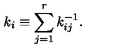
k _ { i } \equiv \sum _ { j = 1 } ^ { r } k _ { i j } ^ { - 1 } .